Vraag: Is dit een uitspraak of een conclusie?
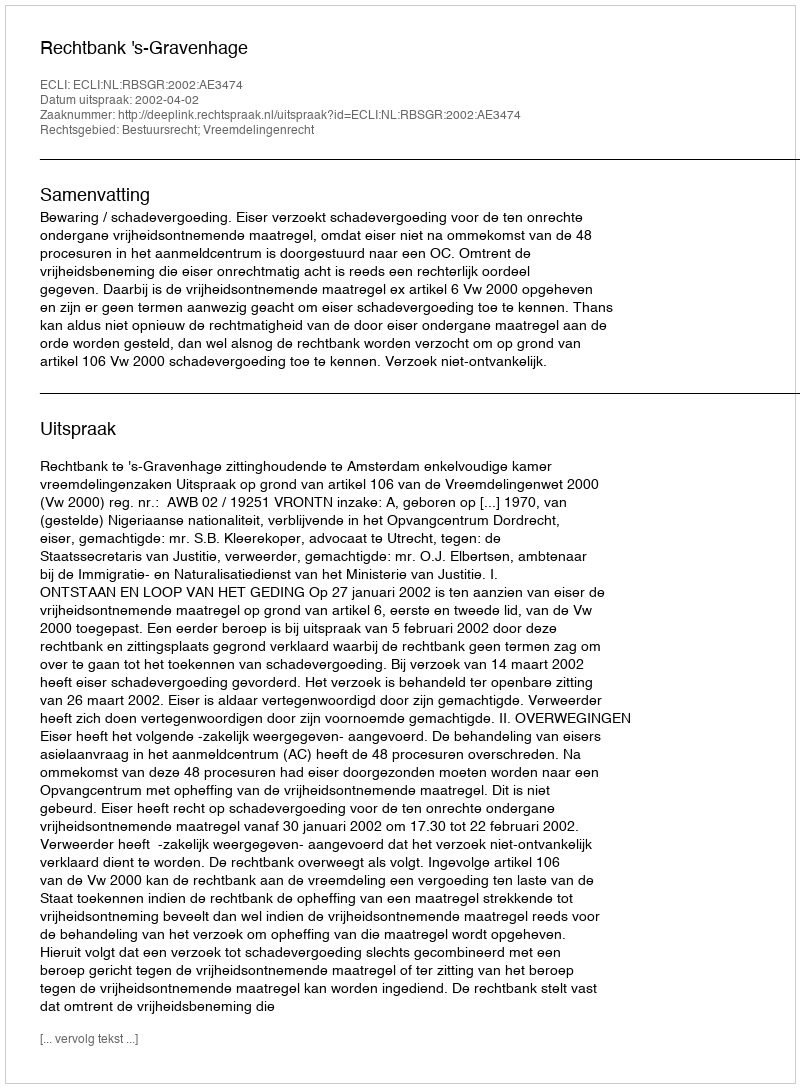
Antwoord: Uitspraak